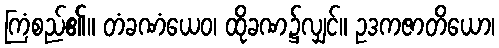
ကြံစည်၏။ တံခဏံယေဝ၊ ထိုခဏ၌လျှင်။ ဥဒကဇာတိယော၊